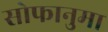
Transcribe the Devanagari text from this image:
सोफानुमा